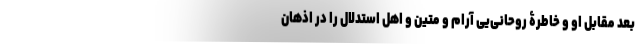
بعد مقابل او و خاطرۀ روحانی‌یی آرام و متین و اهل استدلال را در اذهان